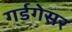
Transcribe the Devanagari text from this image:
गर्डगेसर